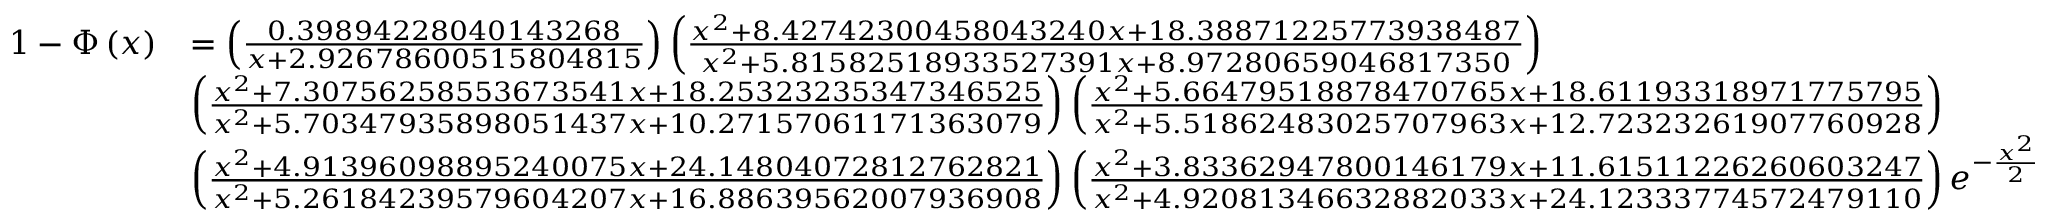
{ \begin{array} { r l } { 1 - \Phi \left( x \right) } & { = \left( { \frac { 0 . 3 9 8 9 4 2 2 8 0 4 0 1 4 3 2 6 8 } { x + 2 . 9 2 6 7 8 6 0 0 5 1 5 8 0 4 8 1 5 } } \right) \left( { \frac { x ^ { 2 } + 8 . 4 2 7 4 2 3 0 0 4 5 8 0 4 3 2 4 0 x + 1 8 . 3 8 8 7 1 2 2 5 7 7 3 9 3 8 4 8 7 } { x ^ { 2 } + 5 . 8 1 5 8 2 5 1 8 9 3 3 5 2 7 3 9 1 x + 8 . 9 7 2 8 0 6 5 9 0 4 6 8 1 7 3 5 0 } } \right) } \\ & { \left( { \frac { x ^ { 2 } + 7 . 3 0 7 5 6 2 5 8 5 5 3 6 7 3 5 4 1 x + 1 8 . 2 5 3 2 3 2 3 5 3 4 7 3 4 6 5 2 5 } { x ^ { 2 } + 5 . 7 0 3 4 7 9 3 5 8 9 8 0 5 1 4 3 7 x + 1 0 . 2 7 1 5 7 0 6 1 1 7 1 3 6 3 0 7 9 } } \right) \left( { \frac { x ^ { 2 } + 5 . 6 6 4 7 9 5 1 8 8 7 8 4 7 0 7 6 5 x + 1 8 . 6 1 1 9 3 3 1 8 9 7 1 7 7 5 7 9 5 } { x ^ { 2 } + 5 . 5 1 8 6 2 4 8 3 0 2 5 7 0 7 9 6 3 x + 1 2 . 7 2 3 2 3 2 6 1 9 0 7 7 6 0 9 2 8 } } \right) } \\ & { \left( { \frac { x ^ { 2 } + 4 . 9 1 3 9 6 0 9 8 8 9 5 2 4 0 0 7 5 x + 2 4 . 1 4 8 0 4 0 7 2 8 1 2 7 6 2 8 2 1 } { x ^ { 2 } + 5 . 2 6 1 8 4 2 3 9 5 7 9 6 0 4 2 0 7 x + 1 6 . 8 8 6 3 9 5 6 2 0 0 7 9 3 6 9 0 8 } } \right) \left( { \frac { x ^ { 2 } + 3 . 8 3 3 6 2 9 4 7 8 0 0 1 4 6 1 7 9 x + 1 1 . 6 1 5 1 1 2 2 6 2 6 0 6 0 3 2 4 7 } { x ^ { 2 } + 4 . 9 2 0 8 1 3 4 6 6 3 2 8 8 2 0 3 3 x + 2 4 . 1 2 3 3 3 7 7 4 5 7 2 4 7 9 1 1 0 } } \right) e ^ { - { \frac { x ^ { 2 } } { 2 } } } } \end{array} }